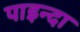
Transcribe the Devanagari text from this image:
पाइन्दा